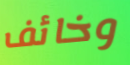
وخائف